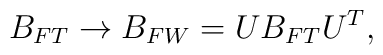
B_{FT}\rightarrow B_{FW}=U B_{FT}U^T,